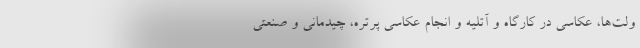
ولت‌ها، عکاسی در کارگاه و آتلیه و انجام عکاسی پرتره، چیدمانی و صنعتی